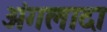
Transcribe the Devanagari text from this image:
अंगलादा